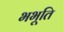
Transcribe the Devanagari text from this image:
भभूति